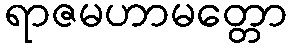
ရာဇမဟာမတ္တော